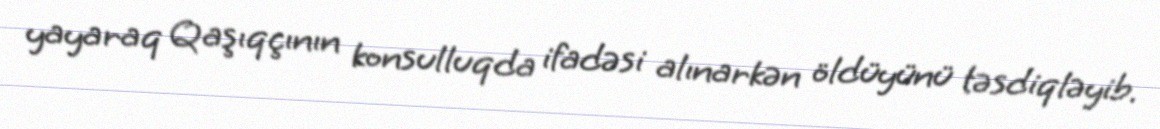
yayaraq Qaşıqçının konsulluqda ifadəsi alınarkən öldüyünü təsdiqləyib.